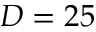
D = 2 5